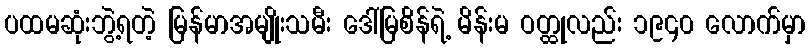
ပထမဆုံးဘွဲ့ရတဲ့ မြန်မာအမျိုးသမီး ဒေါ်မြစိန်ရဲ့ မိန်းမ ဝတ္ထုလည်း ၁၉၄၀ လောက်မှာ